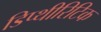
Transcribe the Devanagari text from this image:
डिप्थीरिटिक